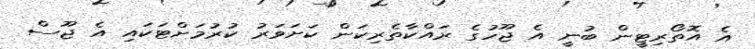
އެ އޮތޯރިޓީން ބުނީ އެ ޖޫހުގެ ރައްކާތެރިކަން ކަށަވަރު ކުރުމަށްޓަކައި އެ ޖޫސް